Vaccination in Bombay 1863-1868 - 1863-1868
Year: 1863
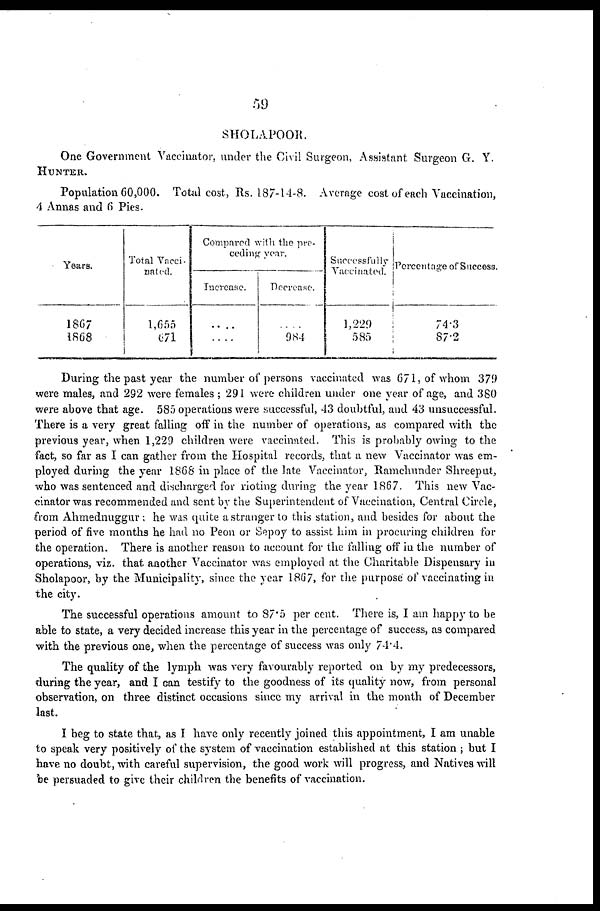
59
SHOLAPOOR.
One Government Vaccinator, under the Civil Surgeon, Assistant Surgeon G. Y.
HUNTER.
Population 60,000. Total cost, Rs. 187-14-8. Average cost of each Vaccination,
4 Annas and 6 Pies.
Years.
1867
1868
Total Vacci-
nated.
1,655
671
Compared with the pre-
ceding year.
Increase.
....
....
Decrease.
....
984
Successfiilly
Vaccinated.
1,229
585
Percentage of Succese.
74.3
87.2
During the past year the number of persons vaccinated was 671, of whom 379
were males, and 292 were females ; 291 were children under one year of age, and 380
were above that age. 585 operations were successful, 43 doubtful, and 43 unsuccessful.
There is a very great falling off in the number of operations, as compared with the
previous year, when 1,229 children were vaccinated. This is probably owing to the
fact, so far as I can gather from the Hospital records, that a new Vaccinator was em-
ployed during the year 1868 in place of the late Vaccinator, Ramchunder Shreeput,
who was sentenced and discharged for rioting during the year 1867. This new Vac-
cinator was recommended and sent by the Superintendent of Vaccination, Central Circle,
from Ahmednuggur; he was quite a stranger to this station, and besides for about the
period of five months he had no Peon or Sepoy to assist him in procuring children for
the operation. There is another reason to account for the falling off in the number of
operations, viz. that another Vaccinator was employed at the Charitable Dispensary in
Sholapoor, by the Municipality, since the year 1867, for the purpose of vaccinating in
the city.
The successful operations amount to 87.5 per cent. There is, I am happy to be
able to state, a very decided increase this year in the percentage of success, as compared
with the previous one, when the percentage of success was only 74.4.
The quality of the lymph was very favourably reported on by my predecessors,
during the year, and I can testify to the goodness of its quality now, from personal
observation, on three distinct occasions since my arrival in the month of December
last.
I beg to state that, as I have only recently joined this appointment, I am unable
to speak very positively of the system of vaccination established at this station ; but I
have no doubt, with careful supervision, the good work will progress, and Natives will
be persuaded to give their children the benefits of vaccination.